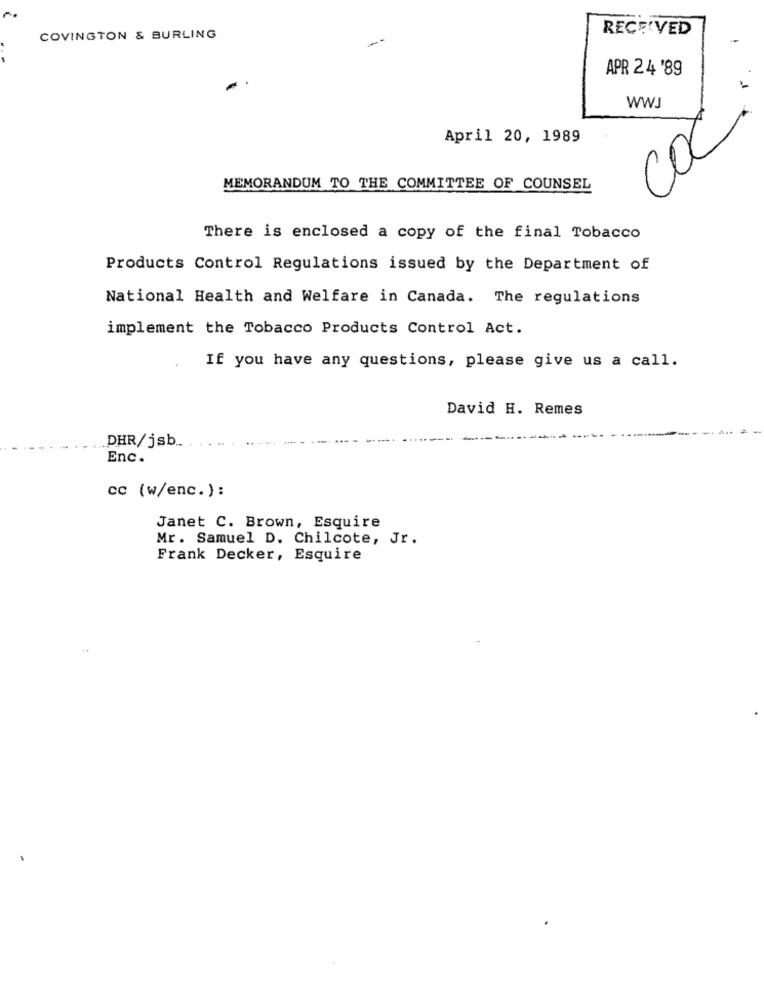
RECEIVED
COVINGTON & BURLING
-
APR 24 '89
WW
April 20, 1989
COC
MEMORANDUM TO THE COMMITTEE OF COUNSEL
There is enclosed a copy of the final Tobacco
Products Control Regulations issued by the Department of
National Health and Welfare in Canada. The regulations
implement the Tobacco Products Control Act.
If you have any questions, please give us a call.
David H. Remes
DHR/jsb ..
Enc.
cc (w/enc.):
Janet C. Brown, Esquire
Mr. Samuel D. Chilcote, Jr.
Frank Decker, Esquire